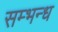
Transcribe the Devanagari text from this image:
सम्भन्ध